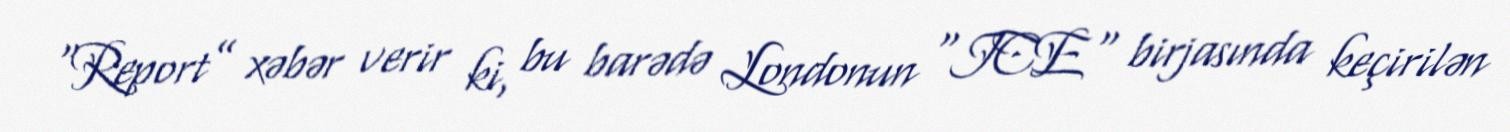
“Report” xəbər verir ki, bu barədə Londonun "ICE" birjasında keçirilən